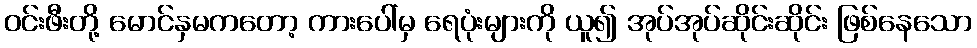
ဝင်းဖီးတို့ မောင်နှမကတော့ ကားပေါ်မှ ရေပုံးများကို ယူ၍ အုပ်အုပ်ဆိုင်းဆိုင်း ဖြစ်နေသော